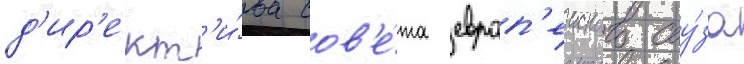
д'ир'ект'и́ва сов'е́та европ'еиского соу́за